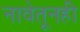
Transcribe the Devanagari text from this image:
नावेतूनही